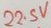
Text: 22.5V